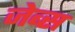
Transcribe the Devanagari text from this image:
जेब्स